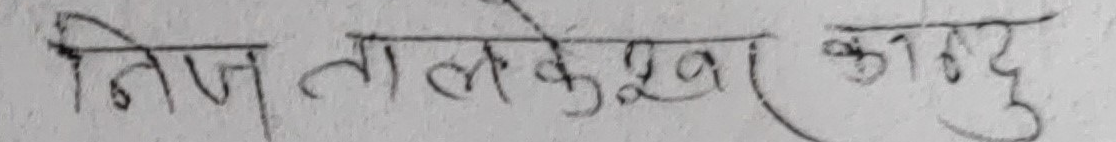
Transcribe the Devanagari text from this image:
निज तालकेश्वर का ढु